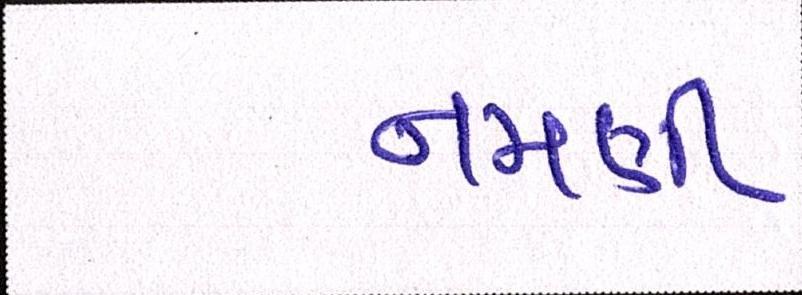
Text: નમણી